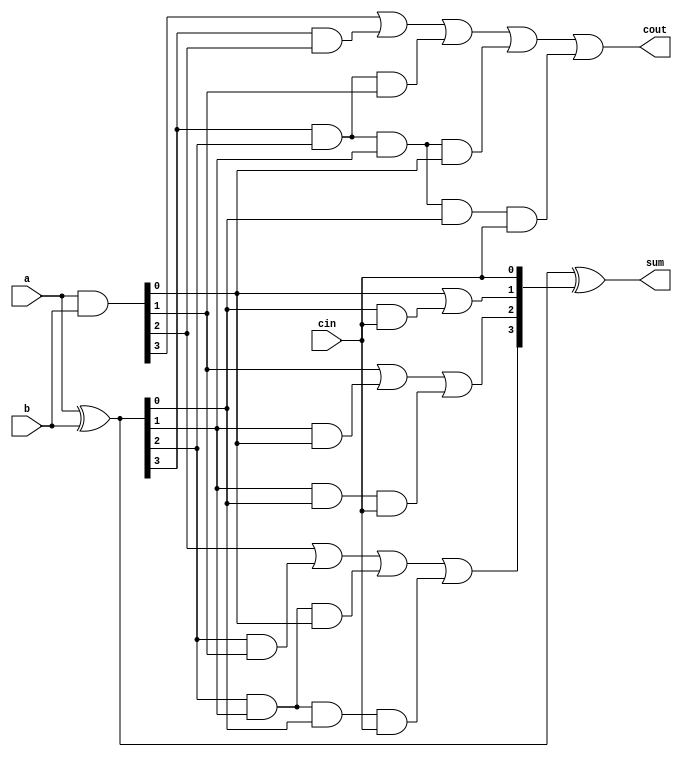
module CLA_4bit (
	input [3:0] a,
	input [3:0] b,
	input cin,
	output [3:0] sum,
	output cout
);

wire [3:0] p, g, c;

// Gi = A.B
// Pi = (A^B)
// Carry = Gi + Pi.Cin

assign p = a ^ b; // Carry Propagate
assign g = a & b; // Carry Generate

assign c[0] = cin;
assign c[1] = g[0] | (p[0]&c[0]);
assign c[2] = g[1] | (p[1]&g[0]) | p[1]&p[0]&c[0];
assign c[3] = g[2] | (p[2]&g[1]) | p[2]&p[1]&g[0] | p[2]&p[1]&p[0]&c[0];

assign cout = g[3] | (p[3]&g[2]) | p[3]&p[2]&g[1] | p[3]&p[2]&p[1]&g[0] | p[3]&p[2]&p[1]&p[0]&c[0];
assign sum = p ^ c;

endmodule

module CLA #(parameter N = 32) (
    	input [N-1:0] in1, 
	input [N-1:0] in2,
	input cin,
	output [N-1:0] sum,
	output cout
);

localparam M = N / 4;
wire [M-2:0] c;

genvar i;
generate
	CLA_4bit cla1(.a(in1[3:0]), .b(in2[3:0]), .cin(cin), .sum(sum[3:0]), .cout(c[0]));
	for(i = 4; i <= N - 8; i = i + 4) begin
		CLA_4bit cla(
			.a(in1[i+3:i]),
			.b(in2[i+3:i]),
			.cin(c[(i/4)-1]),
			.sum(sum[i+3:i]),
			.cout(c[(i/4)])
		);
	end
	CLA_4bit cla2(.a(in1[N-1:N-4]), .b(in2[N-1:N-4]), .cin(c[M-2]), .sum(sum[N-1:N-4]), .cout(cout));
endgenerate

endmodule